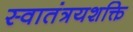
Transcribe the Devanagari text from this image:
स्वातंत्रयशक्ति